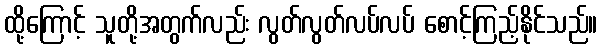
ထို့ကြောင့် သူတို့အတွက်လည်း လွတ်လွတ်လပ်လပ် စောင့်ကြည့်နိုင်သည်။